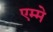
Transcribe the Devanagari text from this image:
एम्मे